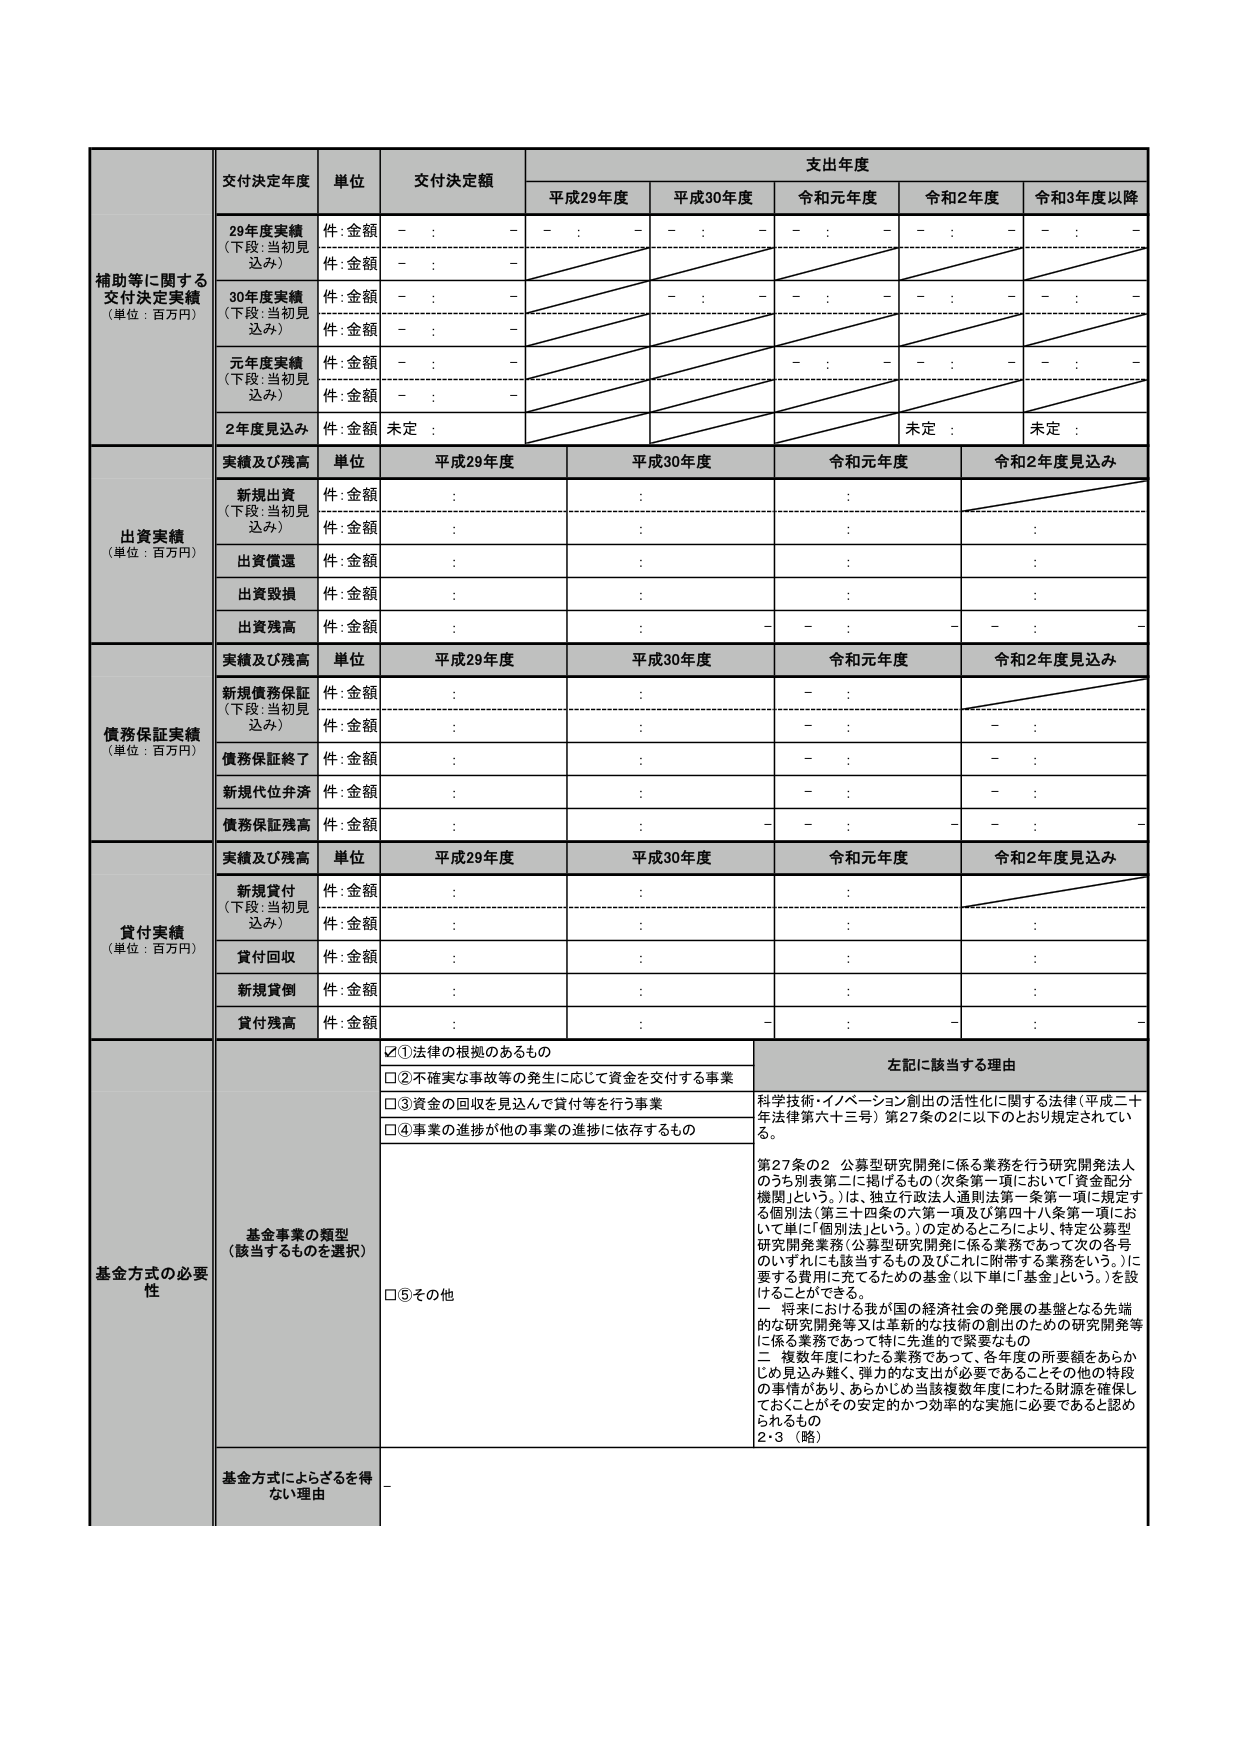
補助等に関する
交付決定実績
（単位：百万円）

交付決定年度
単位
交付決定額
支出年度
平成29年度
平成30年度
令和元年度
令和2年度
令和3年度以降

29年度実績
（下段：当初見込み）
件:金額
- : -
- : -
- : -
- : -
- : -

件:金額
- : -

30年度実績
（下段：当初見込み）
件:金額
- : -
- : -
- : -
- : -
- : -

件:金額
- : -

元年度実績
（下段：当初見込み）
件:金額
- : -
- : -
- : -
- : -
- : -

件:金額
- : -

2年度見込み
件:金額
未定 :
未定 :
未定 :

出資実績
（単位：百万円）

実績及び残高
単位
平成29年度
平成30年度
令和元年度
令和2年度見込み

新規出資
（下段：当初見込み）
件:金額
:
:
:
:

件:金額
:
:
:
:

出資償還
件:金額
:
:
:
:

出資毀損
件:金額
:
:
:
:

出資残高
件:金額
:
:
- - :
- - :
-

債務保証実績
（単位：百万円）

実績及び残高
単位
平成29年度
平成30年度
令和元年度
令和2年度見込み

新規債務保証
（下段：当初見込み）
件:金額
:
:
- :
-

件:金額
:
:
- :
-

債務保証終了
件:金額
:
:
- :
-

新規代位弁済
件:金額
:
:
- :
-

債務保証残高
件:金額
:
:
- - :
- - :
-

貸付実績
（単位：百万円）

実績及び残高
単位
平成29年度
平成30年度
令和元年度
令和2年度見込み

新規貸付
（下段：当初見込み）
件:金額
:
:
:
:

件:金額
:
:
:
:

貸付回収
件:金額
:
:
:
:

新規貸倒
件:金額
:
:
:
:

貸付残高
件:金額
:
:
- :
- :
-

基金方式の必要性

基金事業の類型
（該当するものを選択）

☑①法律の根拠のあるもの

□②不確実な事故等の発生に応じて資金を交付する事業

□③資金の回収を見込んで貸付等を行う事業

□④事業の進捗が他の事業の進捗に依存するもの

□⑤その他

左記に該当する理由

科学技術・イノベーション創出の活性化に関する法律（平成二十年法律第六十三号）第27条の2に以下のとおり規定されている。

第27条の2 公募型研究開発に係る業務を行う研究開発法人のうち別表第二に掲げるものの（次条第一項において「資金配分機関」という。）は、独立行政法人通則法第一条第一項に規定する個別法（第三十四条の六第一項及び第四十八条第一項において単に「個別法」という。）の定めるところにより、特定公募型研究開発業務（公募型研究開発に係る業務であって次の各号のいずれにも該当するもの及びこれに附帯する業務をいう。）に要する費用に充てるための基金（以下単に「基金」という。）を設けることができる。

－ 将来における我が国の経済社会の発展の基盤となる先端的な研究開発等又は革新的な技術の創出のための研究開発等に係る業務であって特に先進的で緊要なもの
－ 複数年度にわたる業務であって、各年度の所要額をあらかじめ見込み難く、弾力的な支出が必要であることその他の特段の事情があり、あらかじめ当該複数年度にわたる財源を確保しておくことがその安定的かつ効率的な実施に必要であると認められるもの
2・3（略）

基金方式によらざるを得ない理由
-